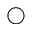
\bigcirc